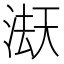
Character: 𭱇